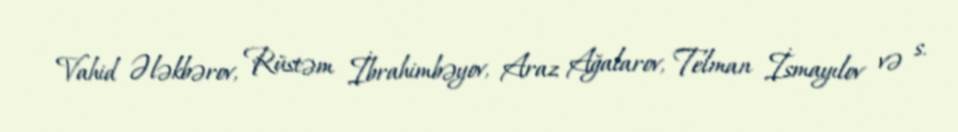
Vahid Ələkbərov, Rüstəm İbrahimbəyov, Araz Ağalarov, Telman İsmayılov və s.